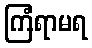
ကြံရာမရ